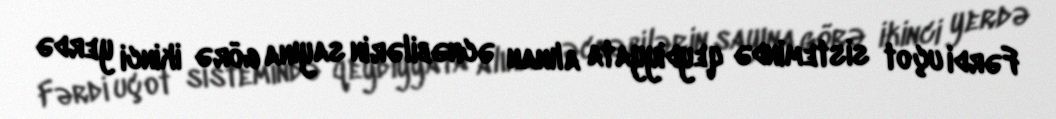
Fərdi uçot sistemində qeydiyyata alınan əcnəbilərin sayına görə ikinci yerdə